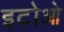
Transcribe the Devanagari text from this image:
इटोओ